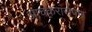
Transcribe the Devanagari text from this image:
आचकरारोपण